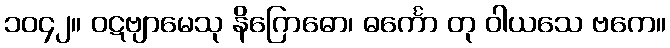
၁၀၄၂။ ဝဋဗျာမေသု နိဂြောဓော၊ ဓင်္ကော တု ဝါယသေ ဗကေ။